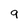
Character: 9